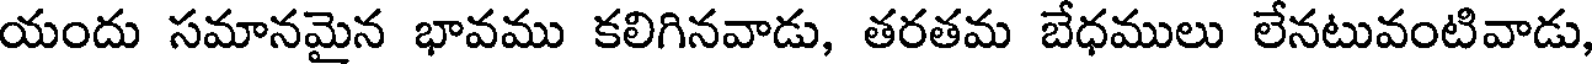
యందు సమానమైన భావము కలిగినవాడు, తరతమ బేధములు లేనటువంటివాడు,